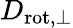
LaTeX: D_{\mathrm{rot,\perp}}